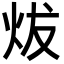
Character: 炦